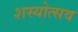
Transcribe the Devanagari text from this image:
शस्योत्सव